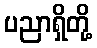
ပညာရှိတို့